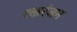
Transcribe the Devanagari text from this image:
रक्तरंजन